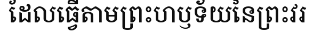
ដែលធ្វើតាមព្រះហឫទ័យនៃព្រះវរ